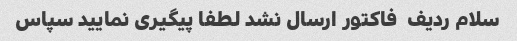
سلام ردیف  فاکتور ارسال نشد لطفا پیگیری نمایید سپاس